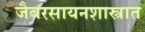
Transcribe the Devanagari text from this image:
जैवरसायनशास्त्रात